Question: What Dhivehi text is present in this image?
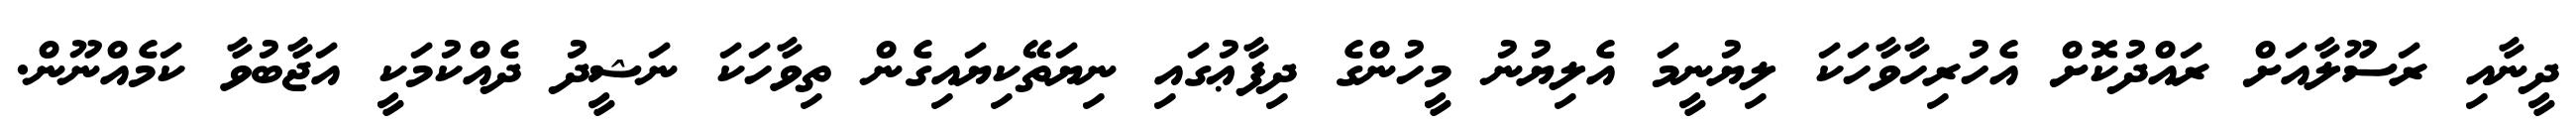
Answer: ދީނާއި ރަސޫލާއަށް ރައްދުކޮށް އެހުރިހާވާހަކަ ލިޔުނީމަ އެލިޔުނު މީހުންގެ ދިފާޢުގައި ނިޔަތޭކިޔައިގެން ތިވާހަކަ ނަޝީދު ދެއްކުމަކީ އަޖާބުވާ ކަމެއްނޫން.